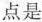
点是